65_HS1-834228961_62-HQ-83894_Section_8
Agency: FBI
Page 126
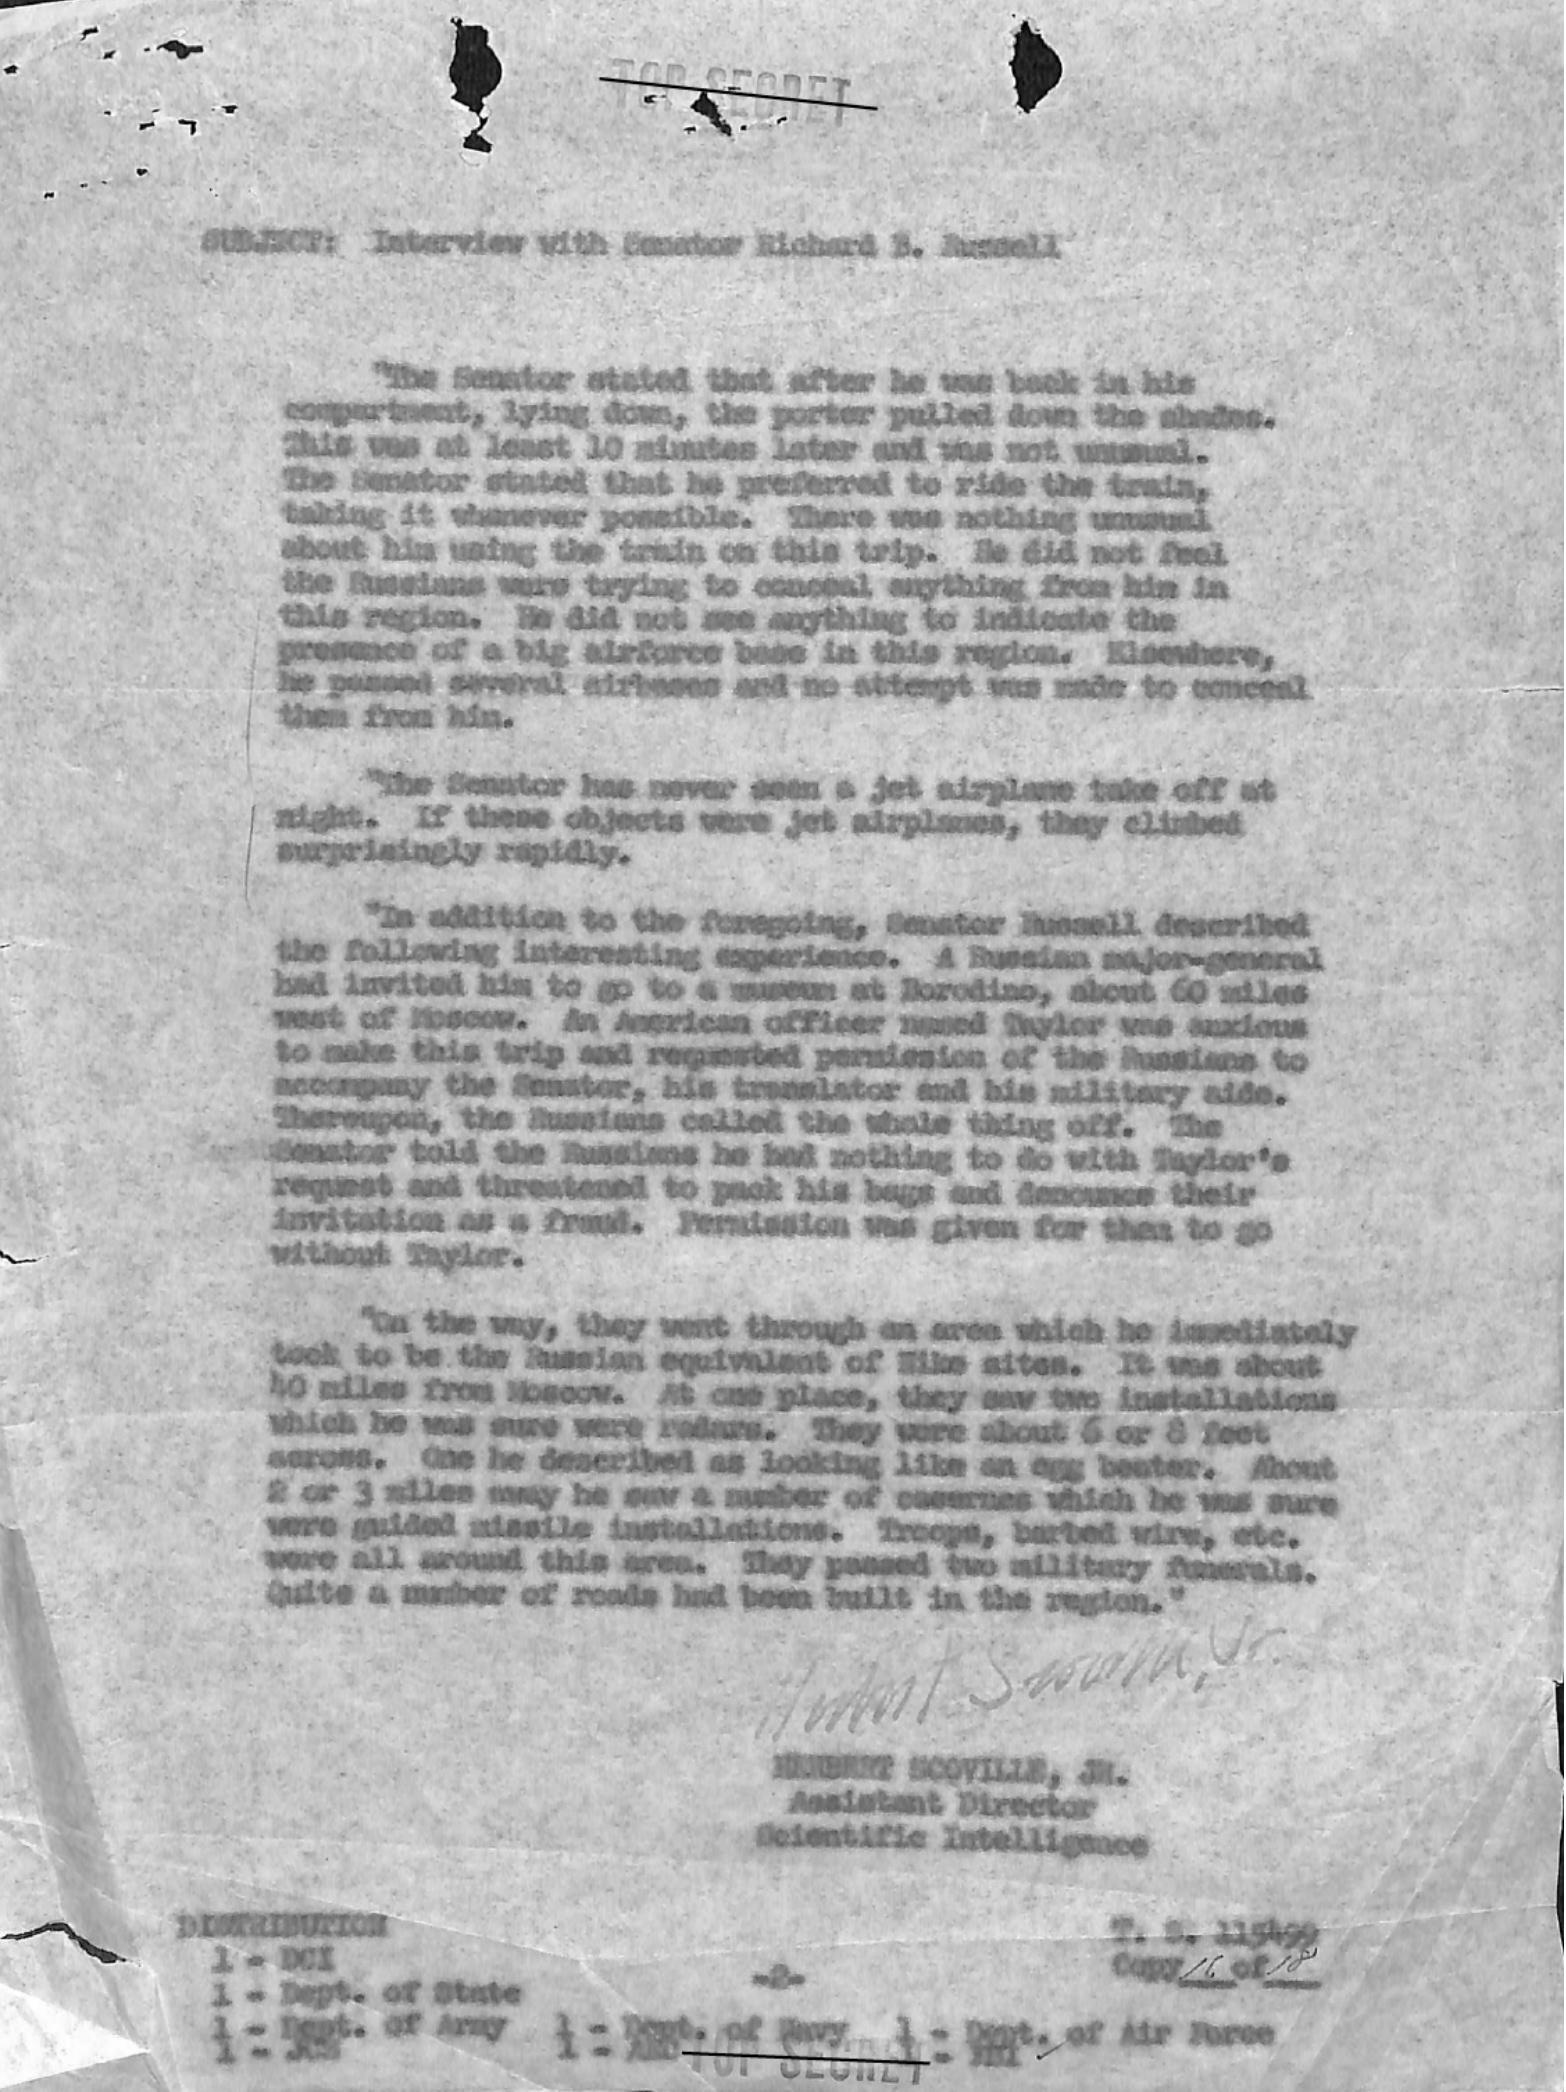